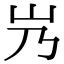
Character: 㞧